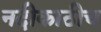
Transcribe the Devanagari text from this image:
नदीकाठीच